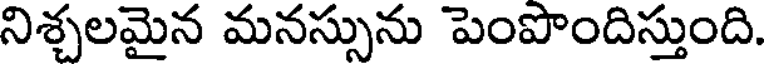
నిశ్చలమైన మనస్సును పెంపొందిస్తుంది.